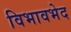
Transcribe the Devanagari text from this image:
विभावभेद